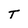
Character: T